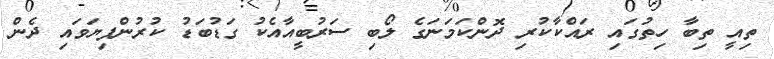
ތިއީ ތިބާ ހިތުގައި ރައްކާކުރި ދޮންކަމަނަގެ ލޯބި ސަރުބީއާއެކު ގަޑުބަޑު ކުރުންފިޔަވައި ދެން